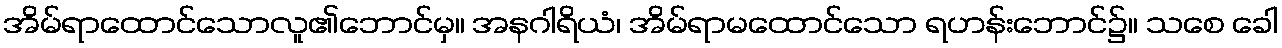
အိမ်ရာထောင်သောလူ၏ဘောင်မှ။ အနဂါရိယံ၊ အိမ်ရာမထောင်သော ရဟန်းဘောင်၌။ သစေ ခေါ